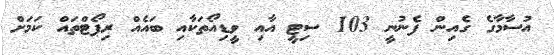
އުސާމާގެ ގެއިން ފެނުނީ 103 ސިޓީ އާއި ވީޑިއޯތަކާއި ބައެއް ރިޕޯޓްތައް ކަމަށް